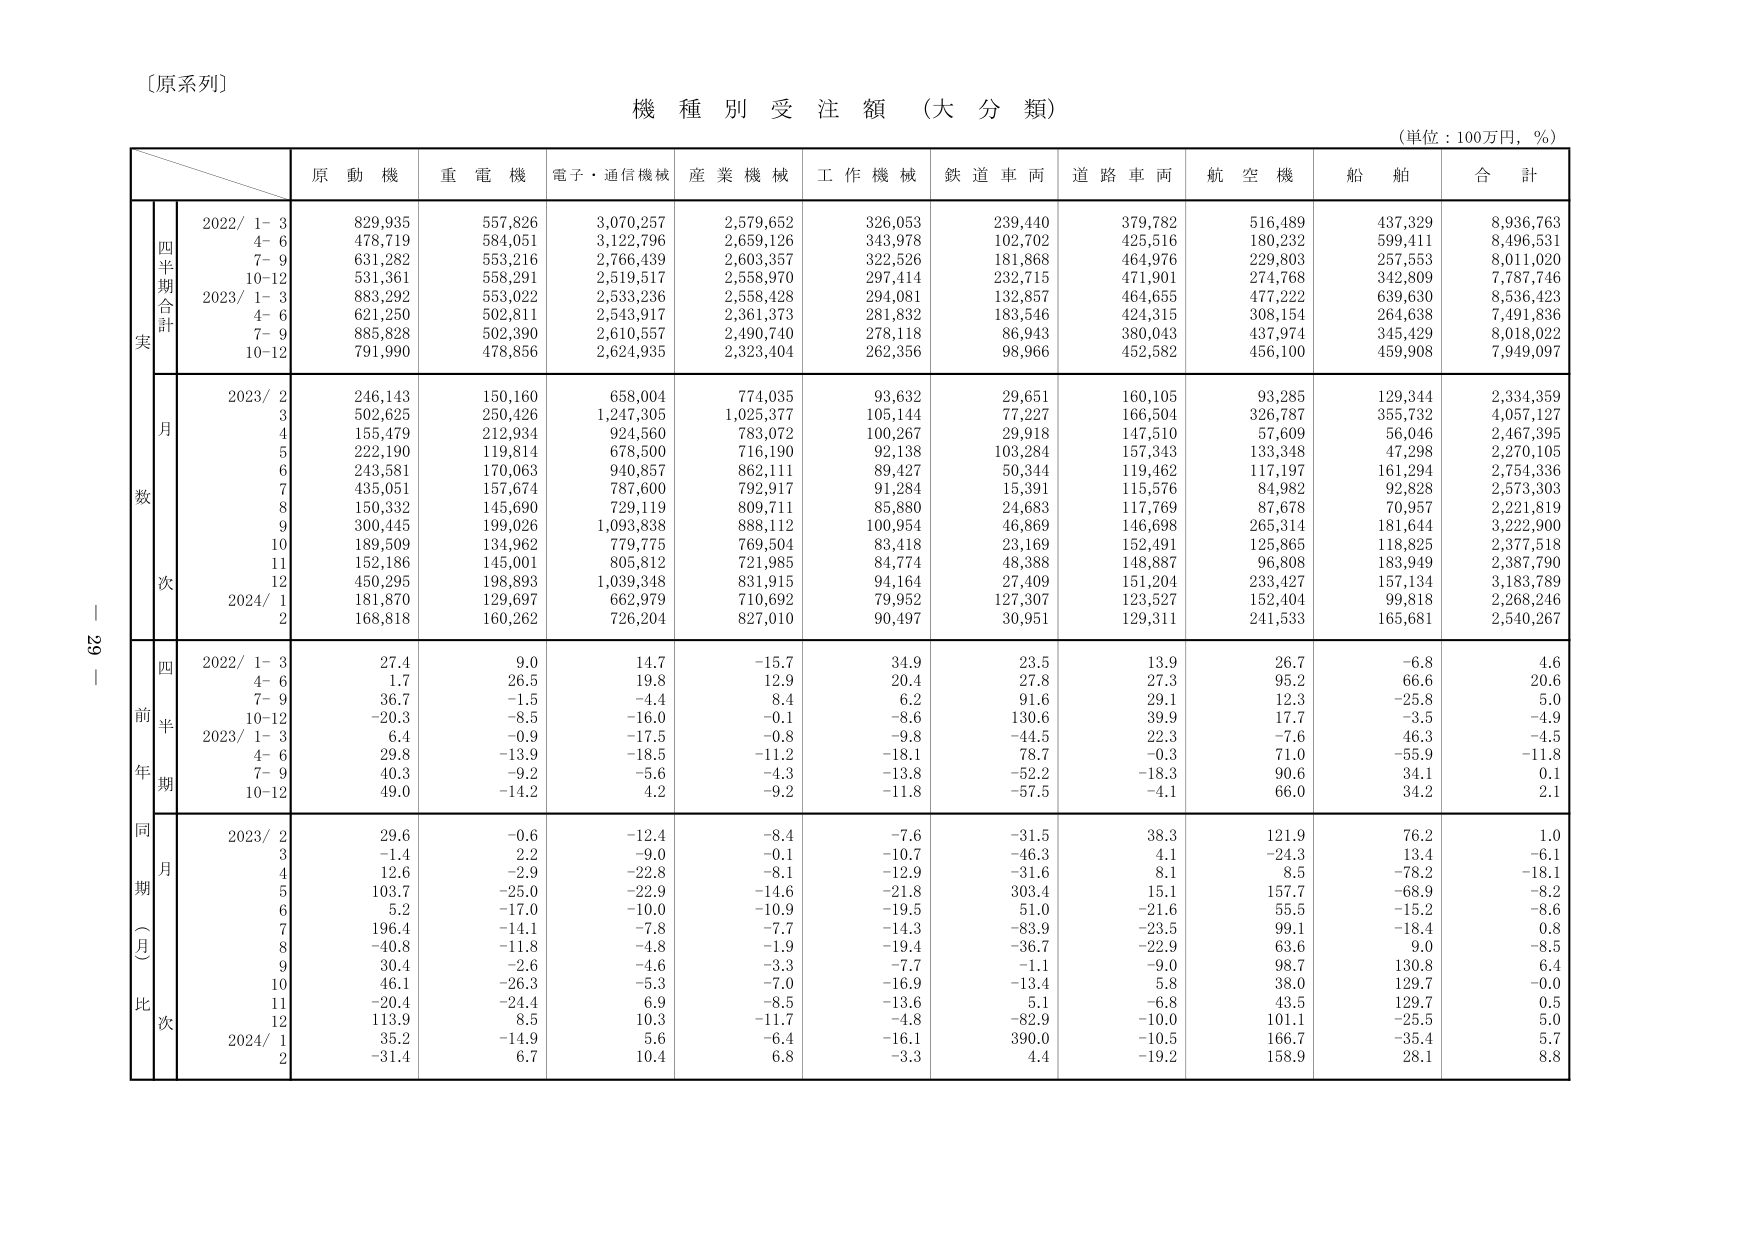
〔原系列〕

機 種 別 受 注 額 （大 分 類）

（単位：100万円，％）

原 動 機　重 電 機　電子・通信機械　産 業 機 械　工 作 機 械　鉄 道 車 両　道 路 車 両　航 空 機　船 舶　合 計

四半期合計
実
2022/ 1- 3　829,935　557,826　3,070,257　2,579,652　326,053　239,440　379,782　516,489　437,329　8,936,763
　　　4- 6　478,719　584,051　3,122,796　2,659,126　343,978　102,702　425,516　180,232　599,411　8,496,531
　　　7- 9　631,282　553,216　2,766,439　2,603,357　322,526　181,868　464,976　229,803　257,553　8,011,020
　　　10-12　531,361　558,291　2,519,517　2,558,970　297,414　232,715　471,901　274,768　342,809　7,787,746
2023/ 1- 3　883,292　553,022　2,533,236　2,558,428　294,081　132,857　464,655　477,222　639,630　8,536,423
　　　4- 6　621,250　502,811　2,543,917　2,361,373　281,832　183,546　424,315　308,154　264,638　7,491,836
　　　7- 9　885,828　502,390　2,610,557　2,490,740　278,118　86,943　380,043　437,974　345,429　8,018,022
　　　10-12　791,990　478,856　2,624,935　2,323,404　262,356　98,966　452,582　456,100　459,908　7,949,097

数
月
2023/ 2　246,143　150,160　658,004　774,035　93,632　29,651　160,105　93,285　129,344　2,334,359
　　　3　502,625　250,426　1,247,305　1,025,377　105,144　77,227　166,504　326,787　355,732　4,057,127
　　　4　155,479　212,934　924,560　783,072　100,267　29,918　147,510　57,609　56,046　2,467,395
　　　5　222,190　119,814　678,500　716,190　92,138　103,284　157,343　133,348　47,298　2,270,105
　　　6　243,581　170,063　940,857　862,111　89,427　50,344　119,462　117,197　161,294　2,754,336
　　　7　435,051　157,674　787,600　792,917　91,284　15,391　115,576　84,982　92,828　2,573,303
　　　8　150,332　145,690　729,119　809,711　85,880　24,683　117,769　87,678　70,957　2,221,819
　　　9　300,445　199,026　1,093,838　888,112　100,954　46,869　146,698　265,314　181,644　3,222,900
　　　10　189,509　134,962　779,775　769,504　83,418　23,169　152,491　125,865　118,825　2,377,518
　　　11　152,186　145,001　805,812　721,985　84,774　48,388　148,887　96,808　183,949　2,387,790
　　　12　450,295　198,893　1,039,348　831,915　94,164　27,409　151,204　233,427　157,134　3,183,789
次
2024/ 1　181,870　129,697　662,979　710,692　79,952　127,307　123,527　152,404　99,818　2,268,246
　　　2　168,818　160,262　726,204　827,010　90,497　30,951　129,311　241,533　165,681　2,540,267

四
前
年
期
2022/ 1- 3　27.4　9.0　14.7　-15.7　34.9　23.5　13.9　26.7　-6.8　4.6
　　　4- 6　1.7　26.5　19.8　12.9　20.4　27.8　27.3　95.2　66.6　20.6
　　　7- 9　36.7　-1.5　-4.4　8.4　6.2　91.6　29.1　12.3　-25.8　5.0
　　　10-12　-20.3　-8.5　-16.0　-0.1　-8.6　130.6　39.9　17.7　-3.5　-4.9
2023/ 1- 3　6.4　-0.9　-17.5　-0.8　-9.8　-44.5　22.3　-7.6　46.3　-4.5
　　　4- 6　29.8　-13.9　-18.5　-11.2　-18.1　78.7　-0.3　71.0　-55.9　-11.8
　　　7- 9　40.3　-9.2　-5.6　-4.3　-13.8　-52.2　-18.3　90.6　34.1　0.1
　　　10-12　49.0　-14.2　4.2　-9.2　-11.8　-57.5　-4.1　66.0　34.2　2.1

同
期
（月）
比
次
2023/ 2　29.6　-0.6　-12.4　-8.4　-7.6　-31.5　38.3　121.9　76.2　1.0
　　　3　-1.4　2.2　-9.0　-0.1　-10.7　-46.3　4.1　-24.3　13.4　-6.1
　　　4　12.6　-2.9　-22.8　-8.1　-12.9　-31.6　8.1　8.5　-78.2　-18.1
　　　5　103.7　-25.0　-22.9　-14.6　-21.8　303.4　15.1　157.7　-68.9　-8.2
　　　6　5.2　-17.0　-10.0　-10.9　-19.5　51.0　-21.6　55.5　-15.2　-8.6
　　　7　196.4　-14.1　-7.8　-7.7　-14.3　-83.9　-23.5　99.1　-18.4　0.8
　　　8　-40.8　-11.8　-4.8　-1.9　-19.4　-36.7　-22.9　63.6　9.0　-8.5
　　　9　30.4　-2.6　-4.6　-3.3　-7.7　-1.1　-9.0　98.7　130.8　6.4
　　　10　46.1　-26.3　-5.3　-7.0　-16.9　-13.4　5.8　38.0　129.7　-0.0
　　　11　-20.4　-24.4　6.9　-8.5　-13.6　5.1　-6.8　43.5　129.7　0.5
　　　12　113.9　8.5　10.3　-11.7　-4.8　-82.9　-10.0　101.1　-25.5　5.0
2024/ 1　35.2　-14.9　5.6　-6.4　-16.1　390.0　-10.5　166.7　-35.4　5.7
　　　2　-31.4　6.7　10.4　6.8　-3.3　4.4　-19.2　158.9　28.1　8.8

29-1